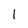
Character: 1